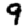
Digit: 9